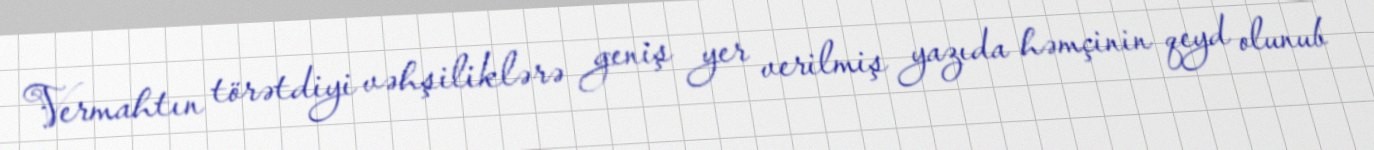
Vermahtın törətdiyi vəhşiliklərə geniş yer verilmiş yazıda həmçinin qeyd olunub